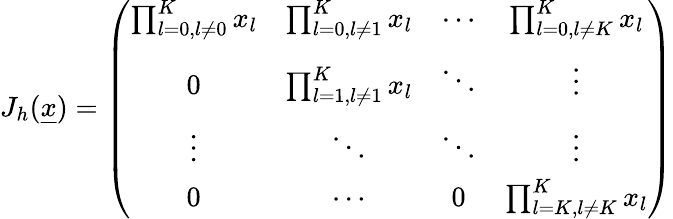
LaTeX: \begin{array}{r}{J_{h}(\underline{{x}})=\left(\begin{array}{cccc}{\prod_{l=0,l\not=0}^{K}x_{l}}&{\prod_{l=0,l\not=1}^{K}x_{l}}&{\cdots}&{\prod_{l=0,l\not=K}^{K}x_{l}}\\ {0}&{\prod_{l=1,l\not=1}^{K}x_{l}}&{\ddots}&{\vdots}\\ {\vdots}&{\ddots}&{\ddots}&{\vdots}\\ {0}&{\cdots}&{0}&{\prod_{l=K,l\not=K}^{K}x_{l}}\end{array}\right)}\end{array}